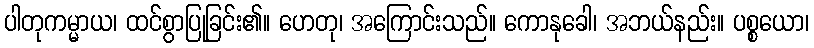
ပါတုကမ္မာယ၊ ထင်စွာပြုခြင်း၏။ ဟေတု၊ အကြောင်းသည်။ ကောနုခေါ၊ အဘယ်နည်း။ ပစ္စယော၊